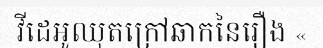
វីដេអូឈុតក្រៅឆាកនៃរឿង «